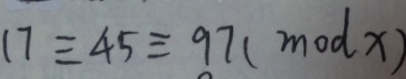
1 7 \equiv 4 5 \equiv 9 7 ( m o d x )